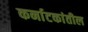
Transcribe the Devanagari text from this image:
कर्नाटकांतील